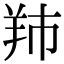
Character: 䍨